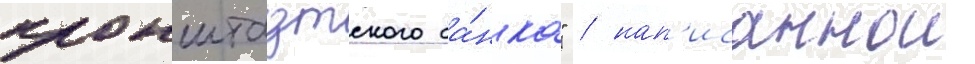
кронштадтского ба́нка" / нап'исаннои